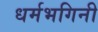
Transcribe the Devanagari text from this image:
धर्मभगिनी